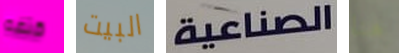
كتفه البيت الصناعية هنا